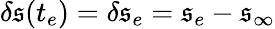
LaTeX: \delta\mathfrak{s}(t_{e})=\delta\mathfrak{s}_{e}=\mathfrak{s}_{e}-\mathfrak{s}_{\infty}